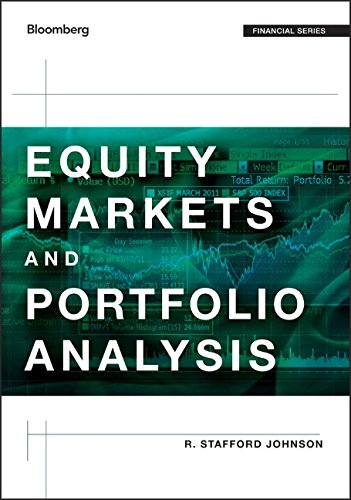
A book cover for Equity Markets and Portfolio Analysis (Bloomberg Financial); R. Stafford Johnson; Business & Money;